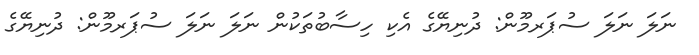
ނަލަ ނަލަ ސުޕަރމޫން: ދުނިޔޭގެ އެކި ހިސާބުތަކުން ނަލަ ނަލަ ސުޕަރމޫން: ދުނިޔޭގެ